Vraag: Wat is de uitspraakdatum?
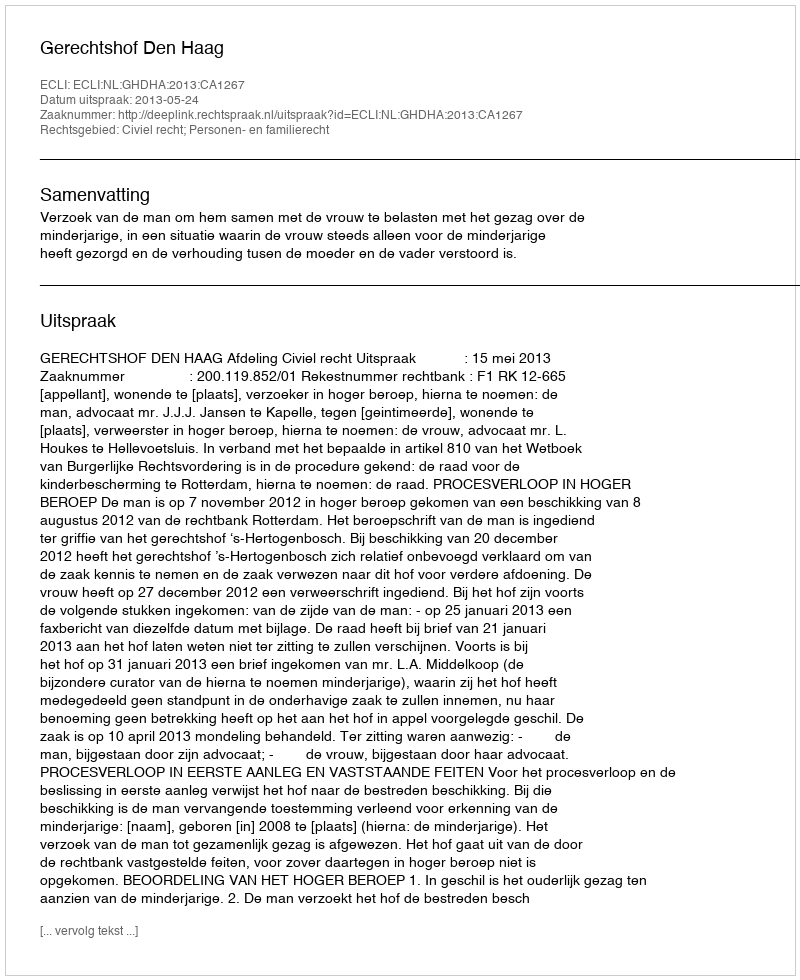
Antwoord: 2013-05-24